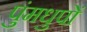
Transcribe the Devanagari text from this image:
पुंमधुपों